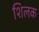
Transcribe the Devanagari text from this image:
शिलक